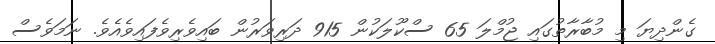
ގެންދިޔަ މި މުބާރާތުގައި ޖުމްލަ 65 ސްކޫލަކުން 915 ދަރިވަރުން ބައިވެރިވެފައިވެއެވެ. ނަމަވެސް